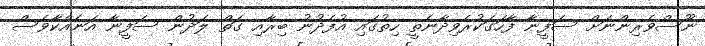
ނޫސްވެރިންނަށް ސަފީނާ ފާހަގަކުރެވިދާނެތީ ހިތުގައި އުފެދުނު ބިރާއި ގަތް ލަދުން ސަފީނާ އަނެއްކާވެސް